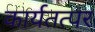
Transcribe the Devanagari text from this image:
कार्यतत्‍पर